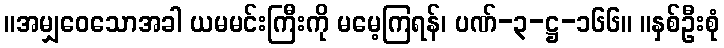
။အမျှဝေသောအခါ ယမမင်းကြီးကို မမေ့ကြရန်၊ ပဏ်-၃-ဋ္ဌ-၁၆၆။ ။နှစ်ဦးစုံ